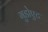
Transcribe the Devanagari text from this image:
गुडोएट